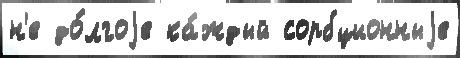
н'е до́лгоjе ка́ждый сорбционныjе